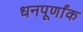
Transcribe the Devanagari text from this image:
धनपूर्णांक